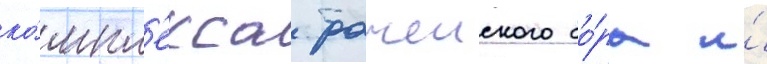
ко́мпл'екса рачеиского бо́ра и́